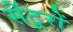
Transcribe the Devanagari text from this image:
सेंटूरों